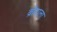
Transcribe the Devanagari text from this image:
ब्रीदाला